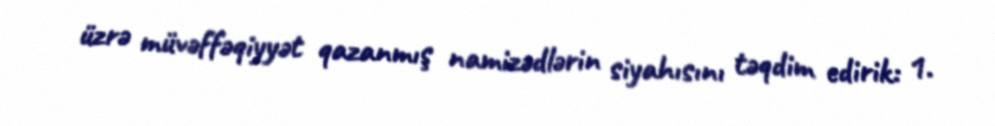
üzrə müvəffəqiyyət qazanmış namizədlərin siyahısını təqdim edirik: 1.